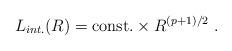
LaTeX: \begin{align*}L_{int.}(R)={\rm const.}\times R^{(p+1)/2}\ . \end{align*}